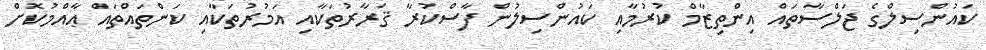
ކައުންސިލްގެ ޖަލްސާތައް އިންތިޒާމް ކުރުމާއި ކައުންސިލުން ފާސްކުރާ ޤަރާރުތަކާއި އަމުރުތަކާއި ކަންތައްތައް ޢާއްމުކޮށް